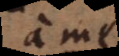
a me